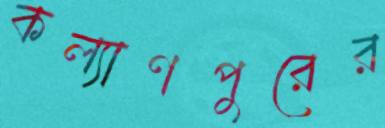
কল্যাণপুরের